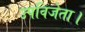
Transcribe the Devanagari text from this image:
उपविजेता।